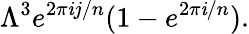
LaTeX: \Lambda^{3}e^{2\pi\mathit{i}j/n}(1-e^{2\pi\mathit{i}/n}).